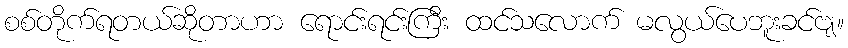
စစ်တိုက်ရတယ်ဆိုတာဟာ ရောင်းရင်းကြီး ထင်သလောက် မလွယ်ပေဘူးခင်ဗျ။